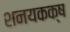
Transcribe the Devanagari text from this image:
शनयकक्ष